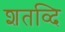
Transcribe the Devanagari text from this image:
शतव्दि